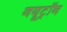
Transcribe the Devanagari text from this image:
नयूट्रॉन